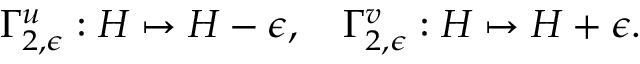
\Gamma _ { 2 , \epsilon } ^ { u } : H \mapsto H - \epsilon , \quad \Gamma _ { 2 , \epsilon } ^ { v } : H \mapsto H + \epsilon .